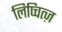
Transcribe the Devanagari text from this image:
लिप्चित्ज़